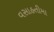
વસાહતીમા